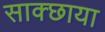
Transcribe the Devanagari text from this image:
साक्छाया